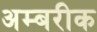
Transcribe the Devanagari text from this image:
अम्बरीक